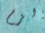
الزم